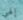
إلهي